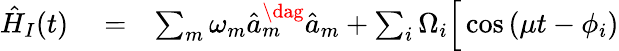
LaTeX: \begin{array}{rlr}{\hat{H}_{I}(t)}&{{}=}&{\sum_{m}\omega_{m}\hat{a}_{m}^{\dag}\hat{a}_{m}+\sum_{i}\Omega_{i}\Big[\cos\left(\mu t-\phi_{i}\right)}\end{array}